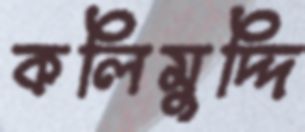
কলিমুদ্দি